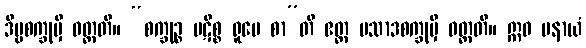
ဒိဗ္ဗစက္ခုမှိ ဝတ္တတိ။ “စက္ခုဉ္စ ပဋိစ္စ ရူပေ စာ”တိ ဧတ္ထ ပသာဒစက္ခုမှိ ဝတ္တတိ။ ဣဓ ပနာယံ